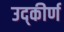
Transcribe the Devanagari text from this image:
उद्‌कीर्ण